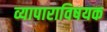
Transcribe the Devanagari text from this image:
व्यापाराविषयक